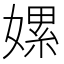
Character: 嫘